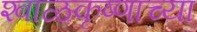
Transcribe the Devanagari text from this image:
श्बाळकृष्णाच्या